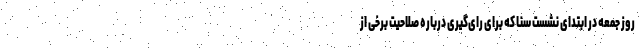
روز جمعه در ابتدای نشست سنا که برای رای‌گیری درباره صلاحیت برخی از